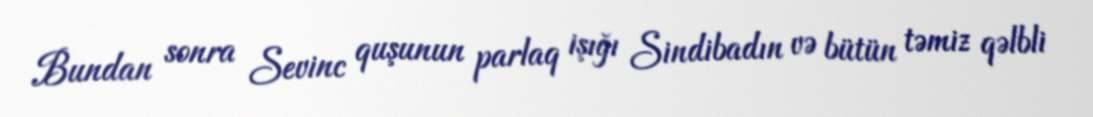
Bundan sonra Sevinc quşunun parlaq işığı Sindibadın və bütün təmiz qəlbli